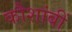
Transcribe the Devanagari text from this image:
कौशांबीं